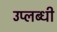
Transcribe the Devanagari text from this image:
उप्लब्धी